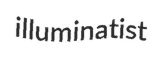
illuminatist